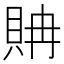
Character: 𧵘